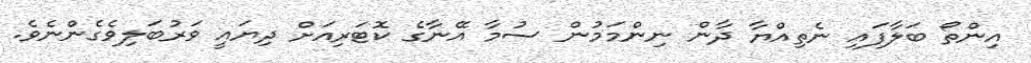
އިންތޯ ބަލާފައި ނެތިއްޔާ ދާން ނިންމަމުން ސުމާ އޭނާގެ ކޮޓަރިއަށް ދިޔައީ ވަރުބަލިވެގެންނެވެ.